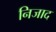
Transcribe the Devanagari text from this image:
निजाद